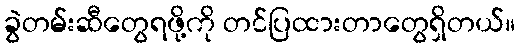
ခွဲတမ်းဆီတွေရဖို့ကို တင်ပြထားတာတွေရှိတယ်။